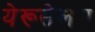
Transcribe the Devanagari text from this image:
येरूसेलम